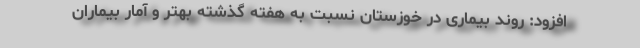
افزود: روند بیماری در خوزستان نسبت به هفته گذشته بهتر و آمار بیماران